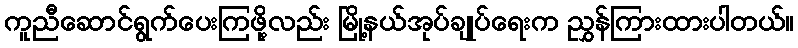
ကူညီဆောင်ရွက်ပေးကြဖို့လည်း မြို့နယ်အုပ်ချုပ်ရေးက ညွှန်ကြားထားပါတယ်။